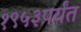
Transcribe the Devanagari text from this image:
१९५३पर्यंत